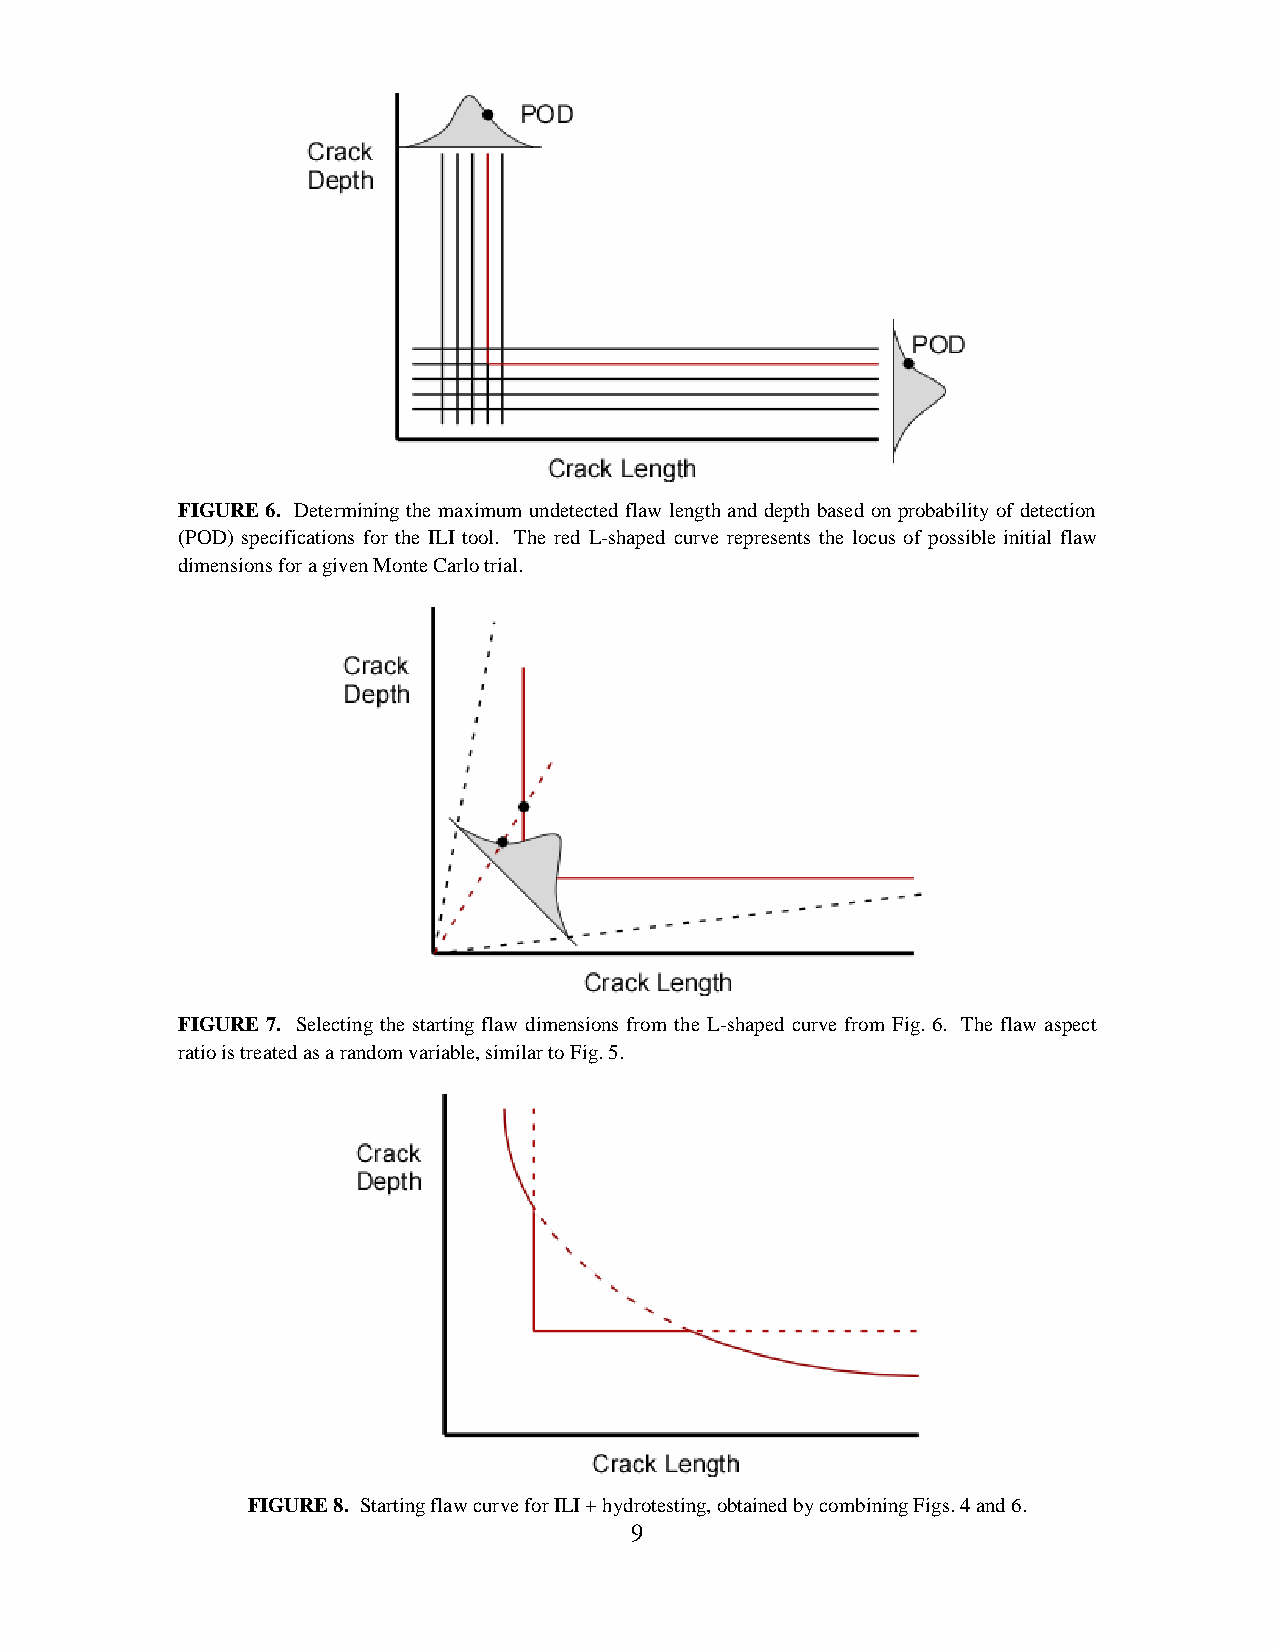
FIGURE 6. Determining the maximum undetected flaw length and depth based on probability of detection
 (POD) specifications for the ILI tool. The red L-shaped curve represents the locus of possible initial flaw
 dimensions for a given Monte Carlo trial.
 FIGURE 7. Selecting the starting flaw dimensions from the L-shaped curve from Fig. 6. The flaw aspect
 ratio is treated as a random variable, similar to Fig. 5.
 FIGURE 8. Starting flaw curve for ILI + hydrotesting, obtained by combining Figs. 4 and 6.
 9